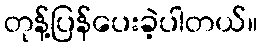
တုန့်ပြန်ပေးခဲ့ပါတယ်။